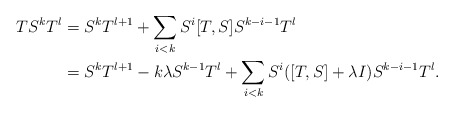
\begin{align*} T S^k T^l &= S^k T^{l+1} + \sum_{i<k} S^i[T,S] S^{k-i-1} T^l \\ &= S^k T^{l+1} - k\lambda S^{k-1} T^l + \sum_{i<k} S^i([T,S]+\lambda I) S^{k-i-1} T^l. \end{align*}